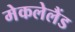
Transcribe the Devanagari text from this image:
मेकलेलैंड